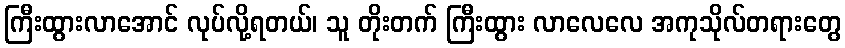
ကြီးထွားလာအောင် လုပ်လို့ရတယ်၊ သူ တိုးတက် ကြီးထွား လာလေလေ အကုသိုလ်တရားတွေ